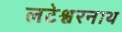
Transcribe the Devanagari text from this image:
लटेश्वरनाथ